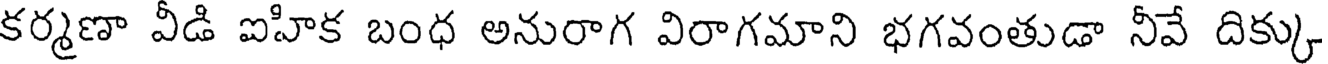
కర్మణా వీడి ఐహిక బంధ అనురాగ విరాగమాని భగవంతుడా నీవే దిక్కు